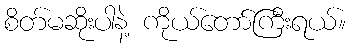
စိတ်မဆိုးပါနဲ့ ကိုယ်တော်ကြီးရယ်။